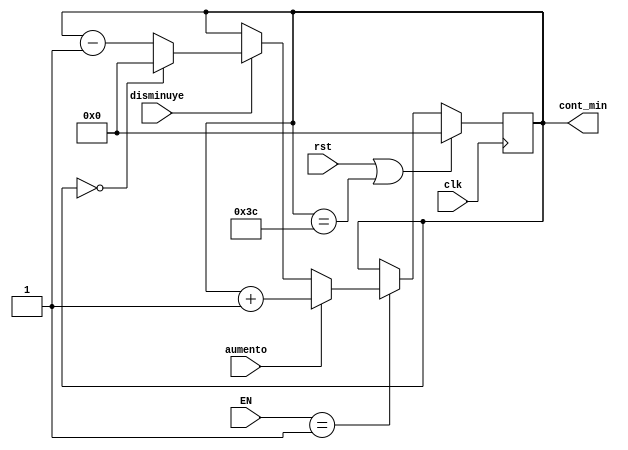
`timescale 1ns / 1ps
// Este bloque configura el valor de minutos, recibe la seal de enable cuando el contador _ajuste_hora se 
// encuentra en la segunda posicin
module Contador_min(
    input clk,
    input rst,
	 input [1:0]EN,
    input aumento,
    input disminuye,
    output reg [5:0] cont_min //salida del contador de 6 bits para contar de 0 a 60 
    );
//Para aumentar o disminuir las cuentas, tiene el mismo funcionamiento que el bloque Contador_hora

always @(posedge clk)
begin
 	if (rst || cont_min==6'd60)
		cont_min<=6'b0;
	else if (EN==2'd1) begin
		if (aumento) begin
			cont_min<=cont_min + 6'b1;
			 end
		else if (disminuye) begin
			if (cont_min==6'b0) cont_min<=0;
			else begin
				cont_min<=cont_min - 6'b1;
				 end end
		else begin

			cont_min <= cont_min;	
			end
	end
end
endmodule